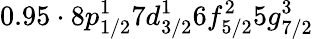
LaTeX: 0.95\cdot 8p_{1/2}^{1}7d_{3/2}^{1}6f_{5/2}^{2}5g_{7/2}^{3}